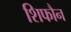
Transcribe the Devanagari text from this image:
शिफौन